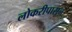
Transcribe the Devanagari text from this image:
लोकरीपासून